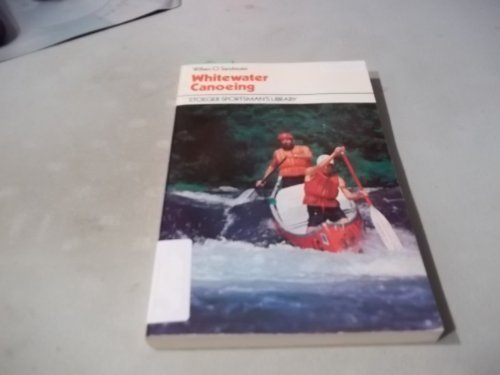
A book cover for Whitewater Canoeing (Stoeger Sportsman's Library); William D. Sandreuter; Teen & Young Adult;